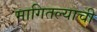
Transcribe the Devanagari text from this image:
मागितल्याची